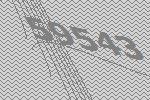
59543